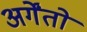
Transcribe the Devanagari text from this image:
अर्गेंतो